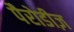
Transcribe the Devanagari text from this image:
पैरोडीज़